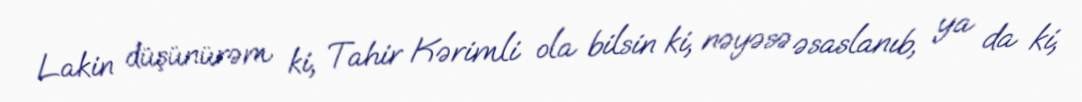
Lakin düşünürəm ki, Tahir Kərimli ola bilsin ki, nəyəsə əsaslanıb, ya da ki,